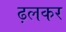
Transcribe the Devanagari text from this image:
ढ़लकर